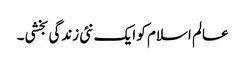
عالم اسلام کو ایک نئی زندگی بخشی۔